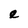
Character: e